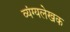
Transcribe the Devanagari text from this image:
व्यंग्यलेखक